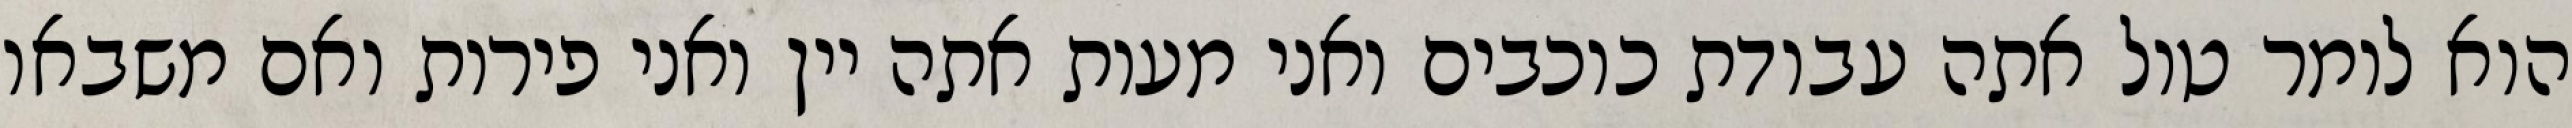
הוא לומר טול אתה עבודת כוכבים ואני מעות אתה יין ואני פירות ואם משבאו